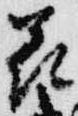
花